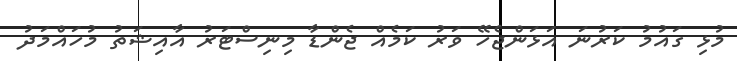
މުޅި ގައުމު ކަރުނަ އަޅަންޖެހޭ ވަރު ކަމެއް ޖެންޑާ މިނިސްޓަރު އާއިޝަތު މުހައްމަދު